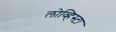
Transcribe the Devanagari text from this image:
लोव्हिस्टा